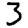
Digit: 3